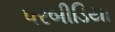
પરબીડિયા